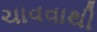
ચાવવાથી